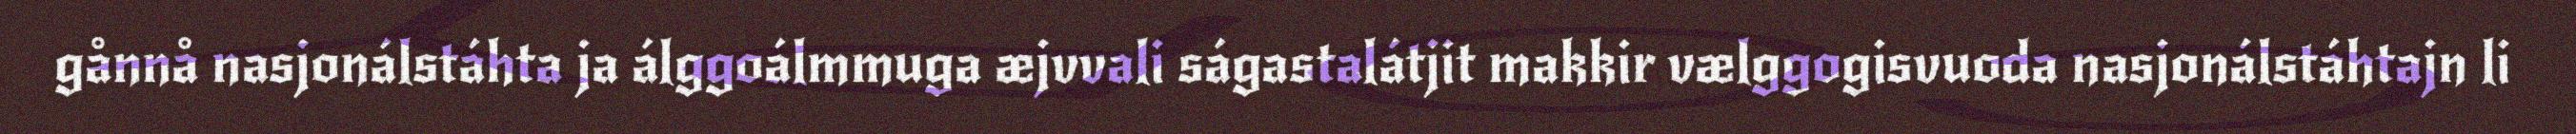
gånnå nasjonálstáhta ja álggoálmmuga æjvvali ságastalátjit makkir vælggogisvuoda nasjonálstáhtajn li